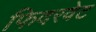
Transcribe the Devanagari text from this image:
फिदरवेट